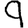
Digit: 9